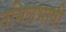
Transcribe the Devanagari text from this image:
तमिलभाषी